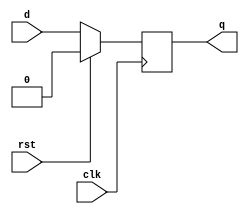
module syn_dff (
  clk,
  rst,
  d,
  q
);

  input    clk;
  input    rst;
  input    d;
  output   q;

  reg      q;

  always @( posedge clk ) begin
    if ( rst ) begin
      q <= 1'b0;
    end
    else begin
      q <= d;
    end
  end

endmodule